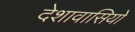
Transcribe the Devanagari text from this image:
देशावासियों